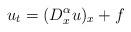
LaTeX: \begin{align*}u_t=(D^\alpha_x u)_x+f\quad\end{align*}